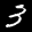
Digit: 3